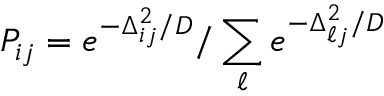
P _ { i j } = e ^ { - \Delta _ { i j } ^ { 2 } / D } / \sum _ { \ell } e ^ { - \Delta _ { \ell j } ^ { 2 } / D }